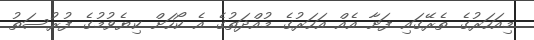
މިއަހަރުގެ ތެރޭގައި ފަށާ އެއް އަހަރުގެ މުއްދަތުގެ އެ ކޯހަށް ކިޔެވުމުގެ ފުރުސަތު